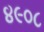
૪૯૦૮